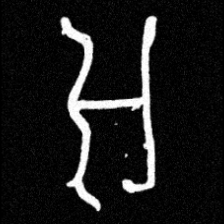
Pyu character \u2014 Myanmar letter: အ (romanized: a)